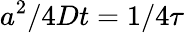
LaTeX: a^{2}/4Dt=1/4\tau